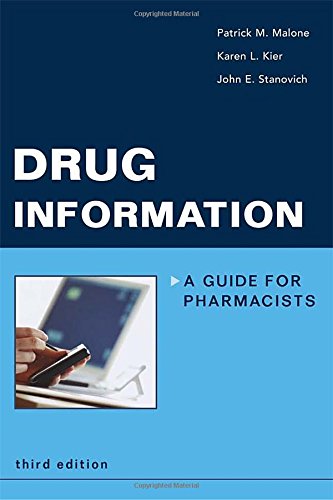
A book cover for Drug Information: A Guide for Pharmacists (Malone, Drug Information); Patrick Malone; Medical Books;